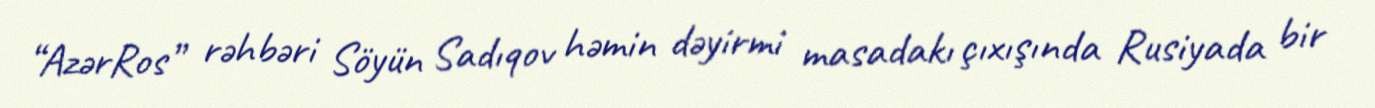
“AzərRos” rəhbəri Söyün Sadıqov həmin dəyirmi masadakı çıxışında Rusiyada bir